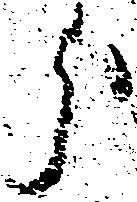
分